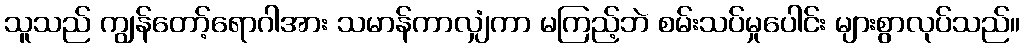
သူသည် ကျွန်တော့်ရောဂါအား သမာန်ကာလျှံကာ မကြည့်ဘဲ စမ်းသပ်မှုပေါင်း များစွာလုပ်သည်။